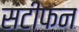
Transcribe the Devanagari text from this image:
सटीफन